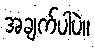
အချက်ပါပဲ။